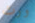
ورث